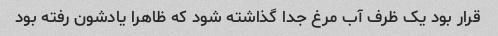
قرار بود یک ظرف آب مرغ جدا گذاشته شود که ظاهرا یادشون رفته بود